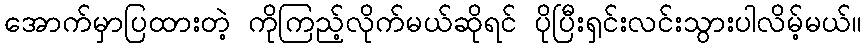
အောက်မှာပြထားတဲ့ ကိုကြည့်လိုက်မယ်ဆိုရင် ပိုပြီးရှင်းလင်းသွားပါလိမ့်မယ်။